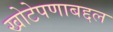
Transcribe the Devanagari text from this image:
खोटेपणाबद्दल